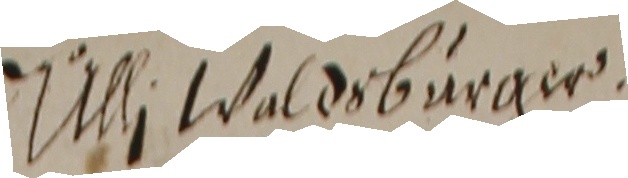
1thi Waldsburger